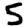
Digit: 5